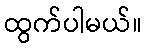
ထွက်ပါမယ်။